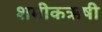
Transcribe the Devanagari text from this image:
शमीकऋषी